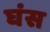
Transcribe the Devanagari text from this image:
घंस